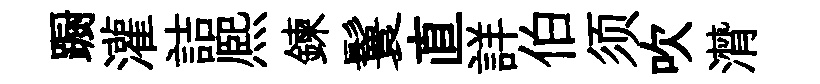
蹰灌詰熈鍊鬟直詳伯须吹潸